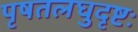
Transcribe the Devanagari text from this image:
पृषतलघुदृष्टः